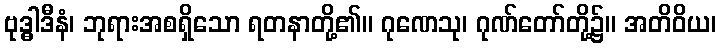
ဗုဒ္ဓါဒီနံ၊ ဘုရားအစရှိသော ရတနာတို့၏။ ဂုဏေသု၊ ဂုဏ်တော်တို့၌။ အတိဝိယ၊